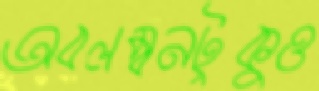
অবলম্বনটুকুও